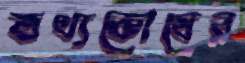
তথ্যকোষের